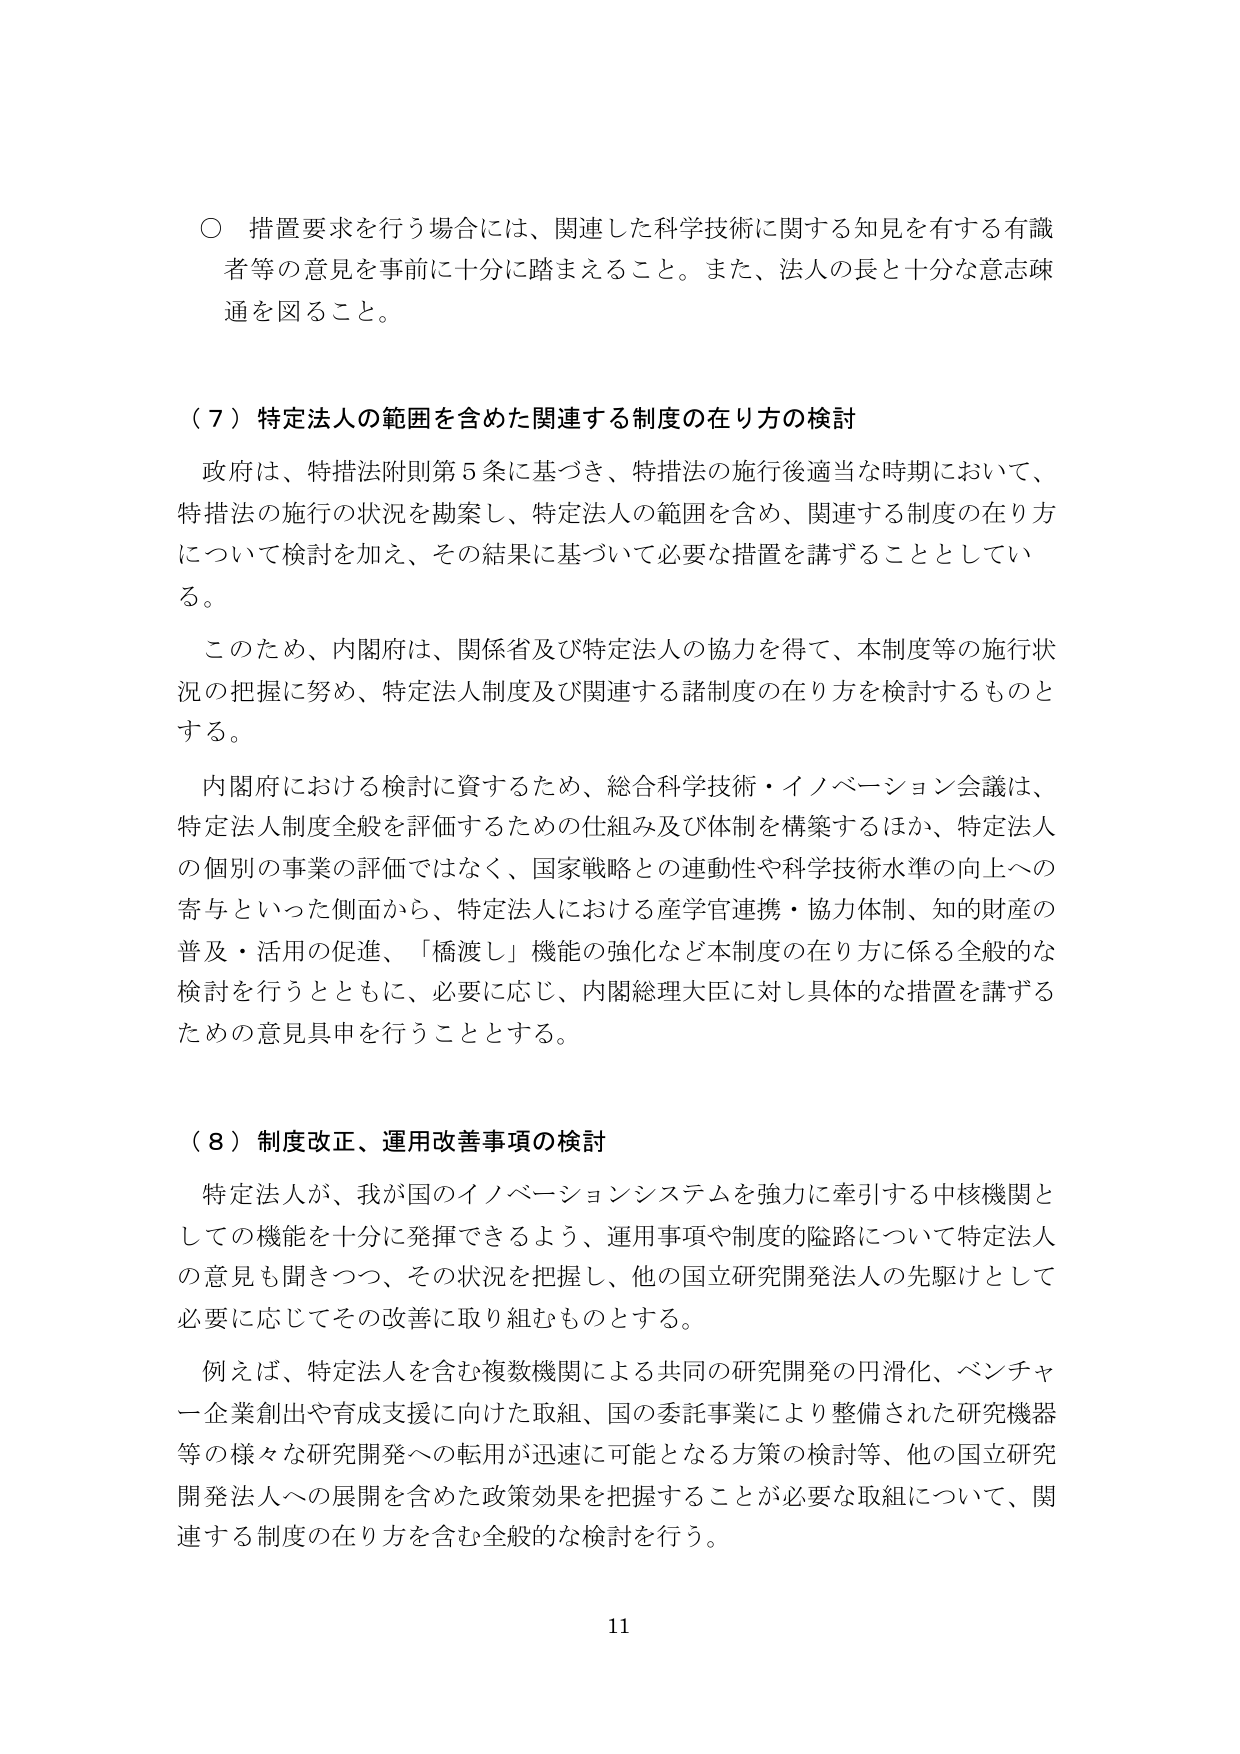
○ 措置要求を行う場合には、関連した科学技術に関する知見を有する有識者等の意見を事前に十分に踏まえること。また、法人の長と十分な意志疎通を図ること。

（７）特定法人の範囲を含めた関連する制度の在り方の検討

政府は、特措法附則第５条に基づき、特措法の施行後適当な時期において、特措法の施行の状況を勘案し、特定法人の範囲を含め、関連する制度の在り方について検討を加え、その結果に基づいて必要な措置を講ずることとしている。

このため、内閣府は、関係省及び特定法人の協力を得て、本制度等の施行状況の把握に努め、特定法人制度及び関連する諸制度の在り方を検討するものとする。

内閣府における検討に資するため、総合科学技術・イノベーション会議は、特定法人制度全般を評価するための仕組み及び体制を構築するほか、特定法人の個別の事業の評価ではなく、国家戦略との連動性や科学技術水準の向上への寄与といった側面から、特定法人における産学官連携・協力体制、知的財産の普及・活用の促進、「橋渡し」機能の強化など本制度の在り方に係る全般的な検討を行うとともに、必要に応じ、内閣総理大臣に対し具体的な措置を講ずるための意見具申を行うこととする。

（８）制度改正、運用改善事項の検討

特定法人が、我が国のイノベーションシステムを強力に牽引する中核機関としての機能を十分に発揮できるよう、運用事項や制度的隘路について特定法人の意見も聞きつつ、その状況を把握し、他の国立研究開発法人の先駆けとして必要に応じてその改善に取り組むものとする。

例えば、特定法人を含む複数機関による共同の研究開発の円滑化、ベンチャー企業創出や育成支援に向けた取組、国の委託事業により整備された研究機器等の様々な研究開発への転用が迅速に可能となる方策の検討等、他の国立研究開発法人への展開を含めた政策効果を把握することが必要な取組について、関連する制度の在り方を含む全般的な検討を行う。

11